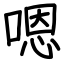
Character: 嗯